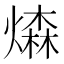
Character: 𤏗